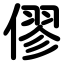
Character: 僇